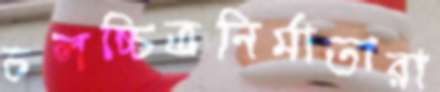
চলচ্চিত্রনির্মাতারা